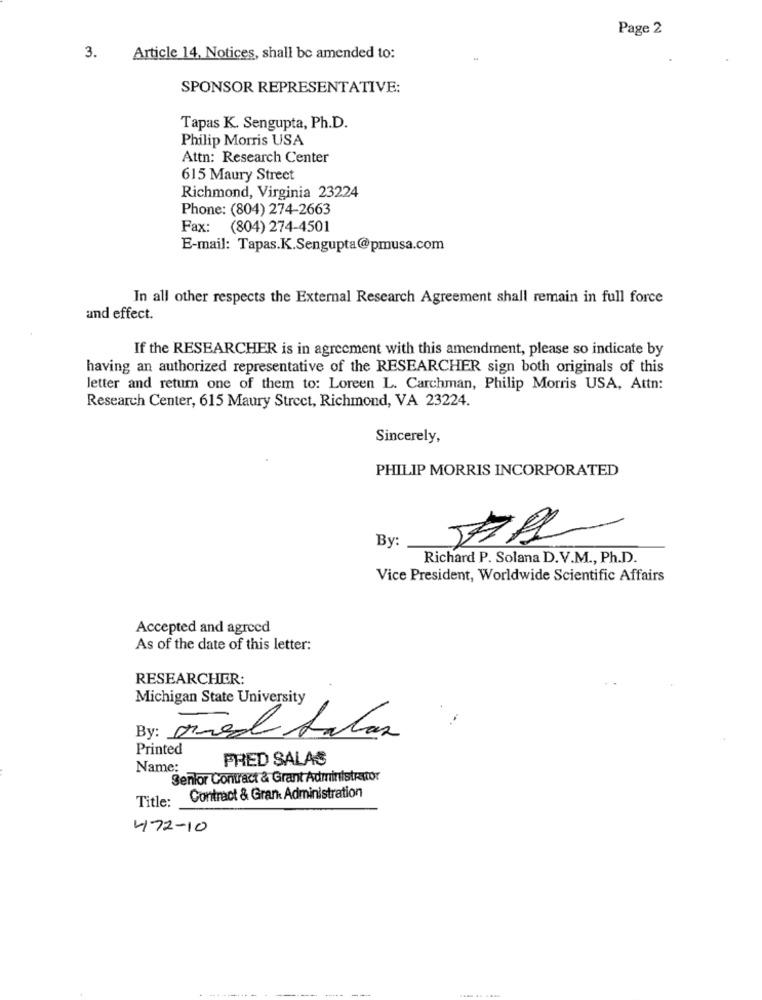
Page 2
3.
Article 14, Notices, shall be amended to:
SPONSOR REPRESENTATIVE:
Tapas K. Sengupta, Ph.D.
Philip Morris USA
Attn: Research Center
615 Maury Street
Richmond, Virginia 23224
Phone: (804) 274-2663
Fax:
(804) 274-4501
E-mail: Tapas.K.Sengupta@pmusa.com
In all other respects the External Research Agreement shall remain in full force
and effect.
If the RESEARCHER is in agreement with this amendment, please so indicate by
having an authorized representative of the RESEARCHER sign both originals of this
letter and return one of them to: Loreen L. Carchman, Philip Morris USA, Attn:
Research Center, 615 Maury Street, Richmond, VA 23224.
Sincerely,
PHILIP MORRIS INCORPORATED
By:
Richard P. Solana D.V.M ., Ph.D.
Vice President, Worldwide Scientific Affairs
Accepted and agreed
As of the date of this letter:
RESEARCHER:
Michigan State University
By: owned Salas
Printed
FRED SALAS
Name:
Senior Contract & Grant Administrator
Title:
Contract & Gran Administration
472-10